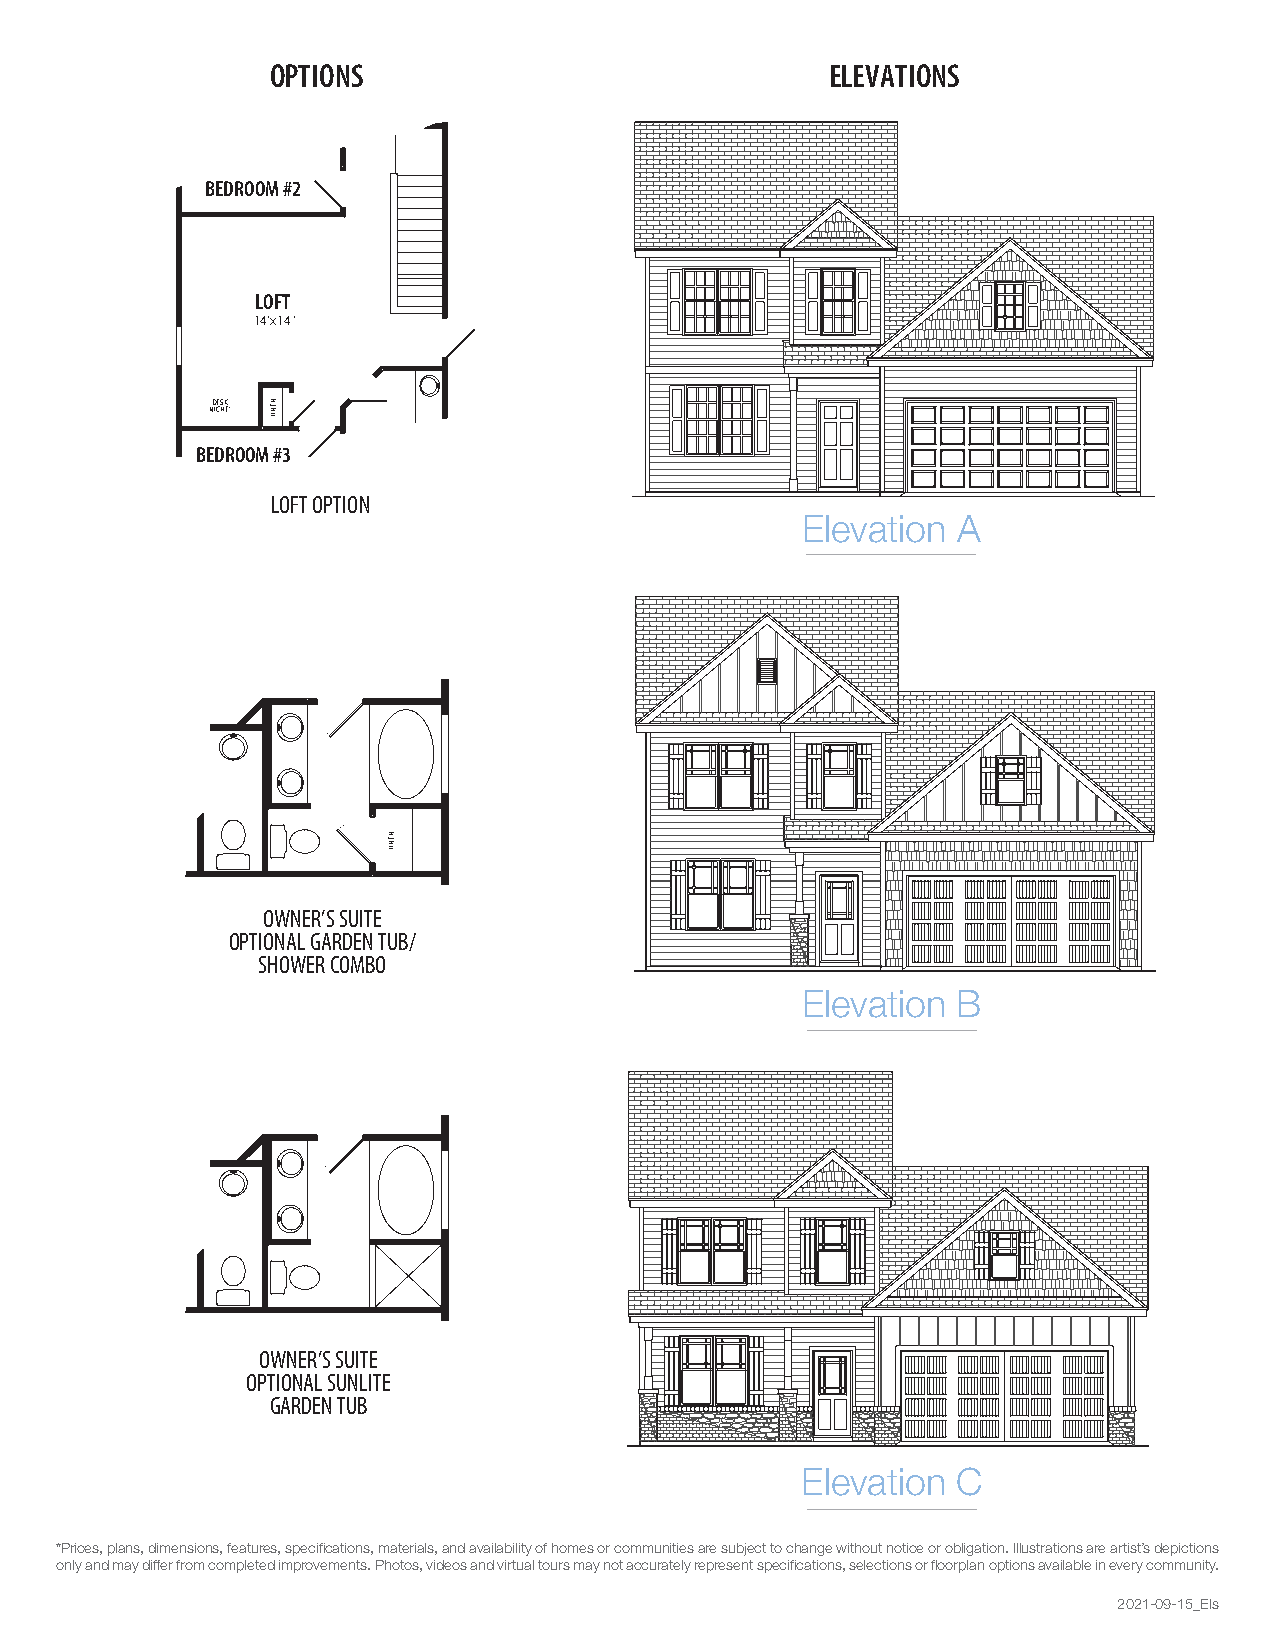
OPTIONS                              ELEVATIONS
 BEDROOM #2
 RECL ORFOTOM
 14’x14’
 DESK
 NICHE’
 BEDROOM #3
 LOFT OPTION
 Elevation A
 OWNER’S SUITE
 OPTIONAL GARDEN TUB/
 SHOWER COMBO
 Elevation B
 OWNER’S SUITE
 OPTIONAL SUNLITE
 GARDEN TUB
 Elevation C
 *Prices, plans, dimensions, features, specifications, materials, and availability of homes or communities are subject to change without notice or obligation. Illustrations are artist’s depictions
 only and may differ from completed improvements. Photos, videos and virtual tours may not accurately represent specifications, selections or floorplan options available in every community.
 2021-09-15_Els
 NENIL
 NENIL